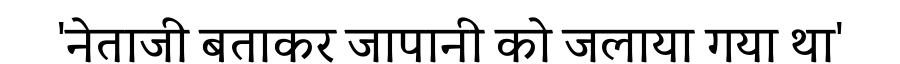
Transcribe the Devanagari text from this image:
'नेताजी बताकर जापानी को जलाया गया था'